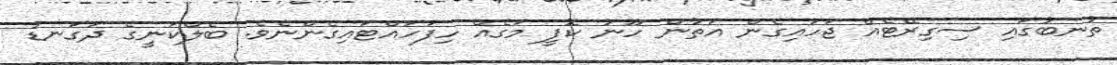
ތުނބުގައި ސިގިރޭޓެއް ޖަހައިގެން އަތުން ހޫނު ކޮފީ މަގެއް ހިފަހައްޓައިގެންނެވެ. ބެލްކަނީގެ ދަގަނޑު